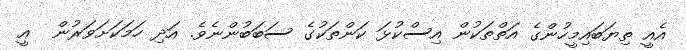
އެއީ ތިޔަބައިމީހުންގެ އަތްތަކުން އިސްކުޅަ ކަންތަކުގެ ސަބަބުންނެވެ. އަދި ހަމަކަށަވަރުން  އީ